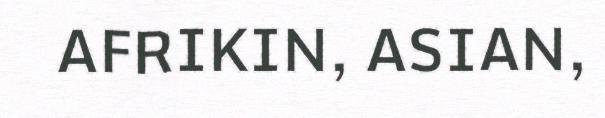
AFRIKIN, ASIAN,